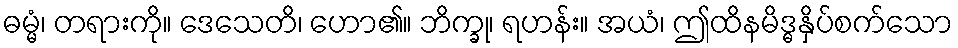
ဓမ္မံ၊ တရားကို။ ဒေသေတိ၊ ဟော၏။ ဘိက္ခု၊ ရဟန်း။ အယံ၊ ဤထိနမိဒ္ဓနှိပ်စက်သော